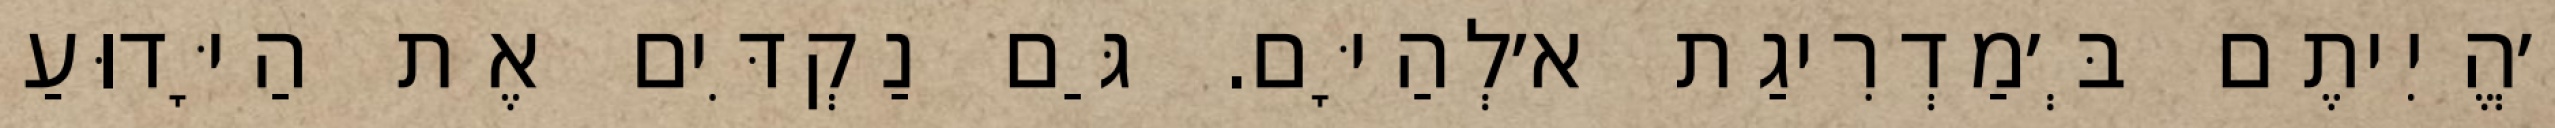
וְ׳הֱיִיתֶם בְּ׳מַדְרִיגַת א׳לְהַיָּם. גַּם נַקְדִּים אֶת הַיָּדוּעַ